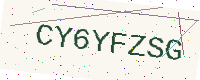
Text: CY6YFZSG